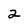
Character: 2